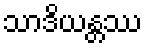
သာဒိယန္တဿ